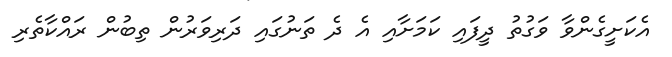
އެކަށީގެންވާ ވަގުތު ދީފައި ކަމަށާއި އެ ދެ ތަނުގައި ދަރިވަރުން ތިބުން ރައްކާތެރި